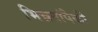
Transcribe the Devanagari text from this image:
भिन्नतांपैकी